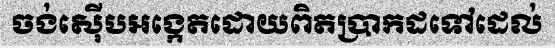
ចង់ស៊ើបអង្កេតដោយពិតប្រាកដទៅដេល់